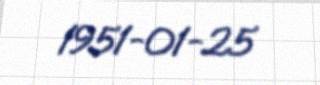
1951-01-25